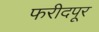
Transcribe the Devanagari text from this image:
फरीदपूर